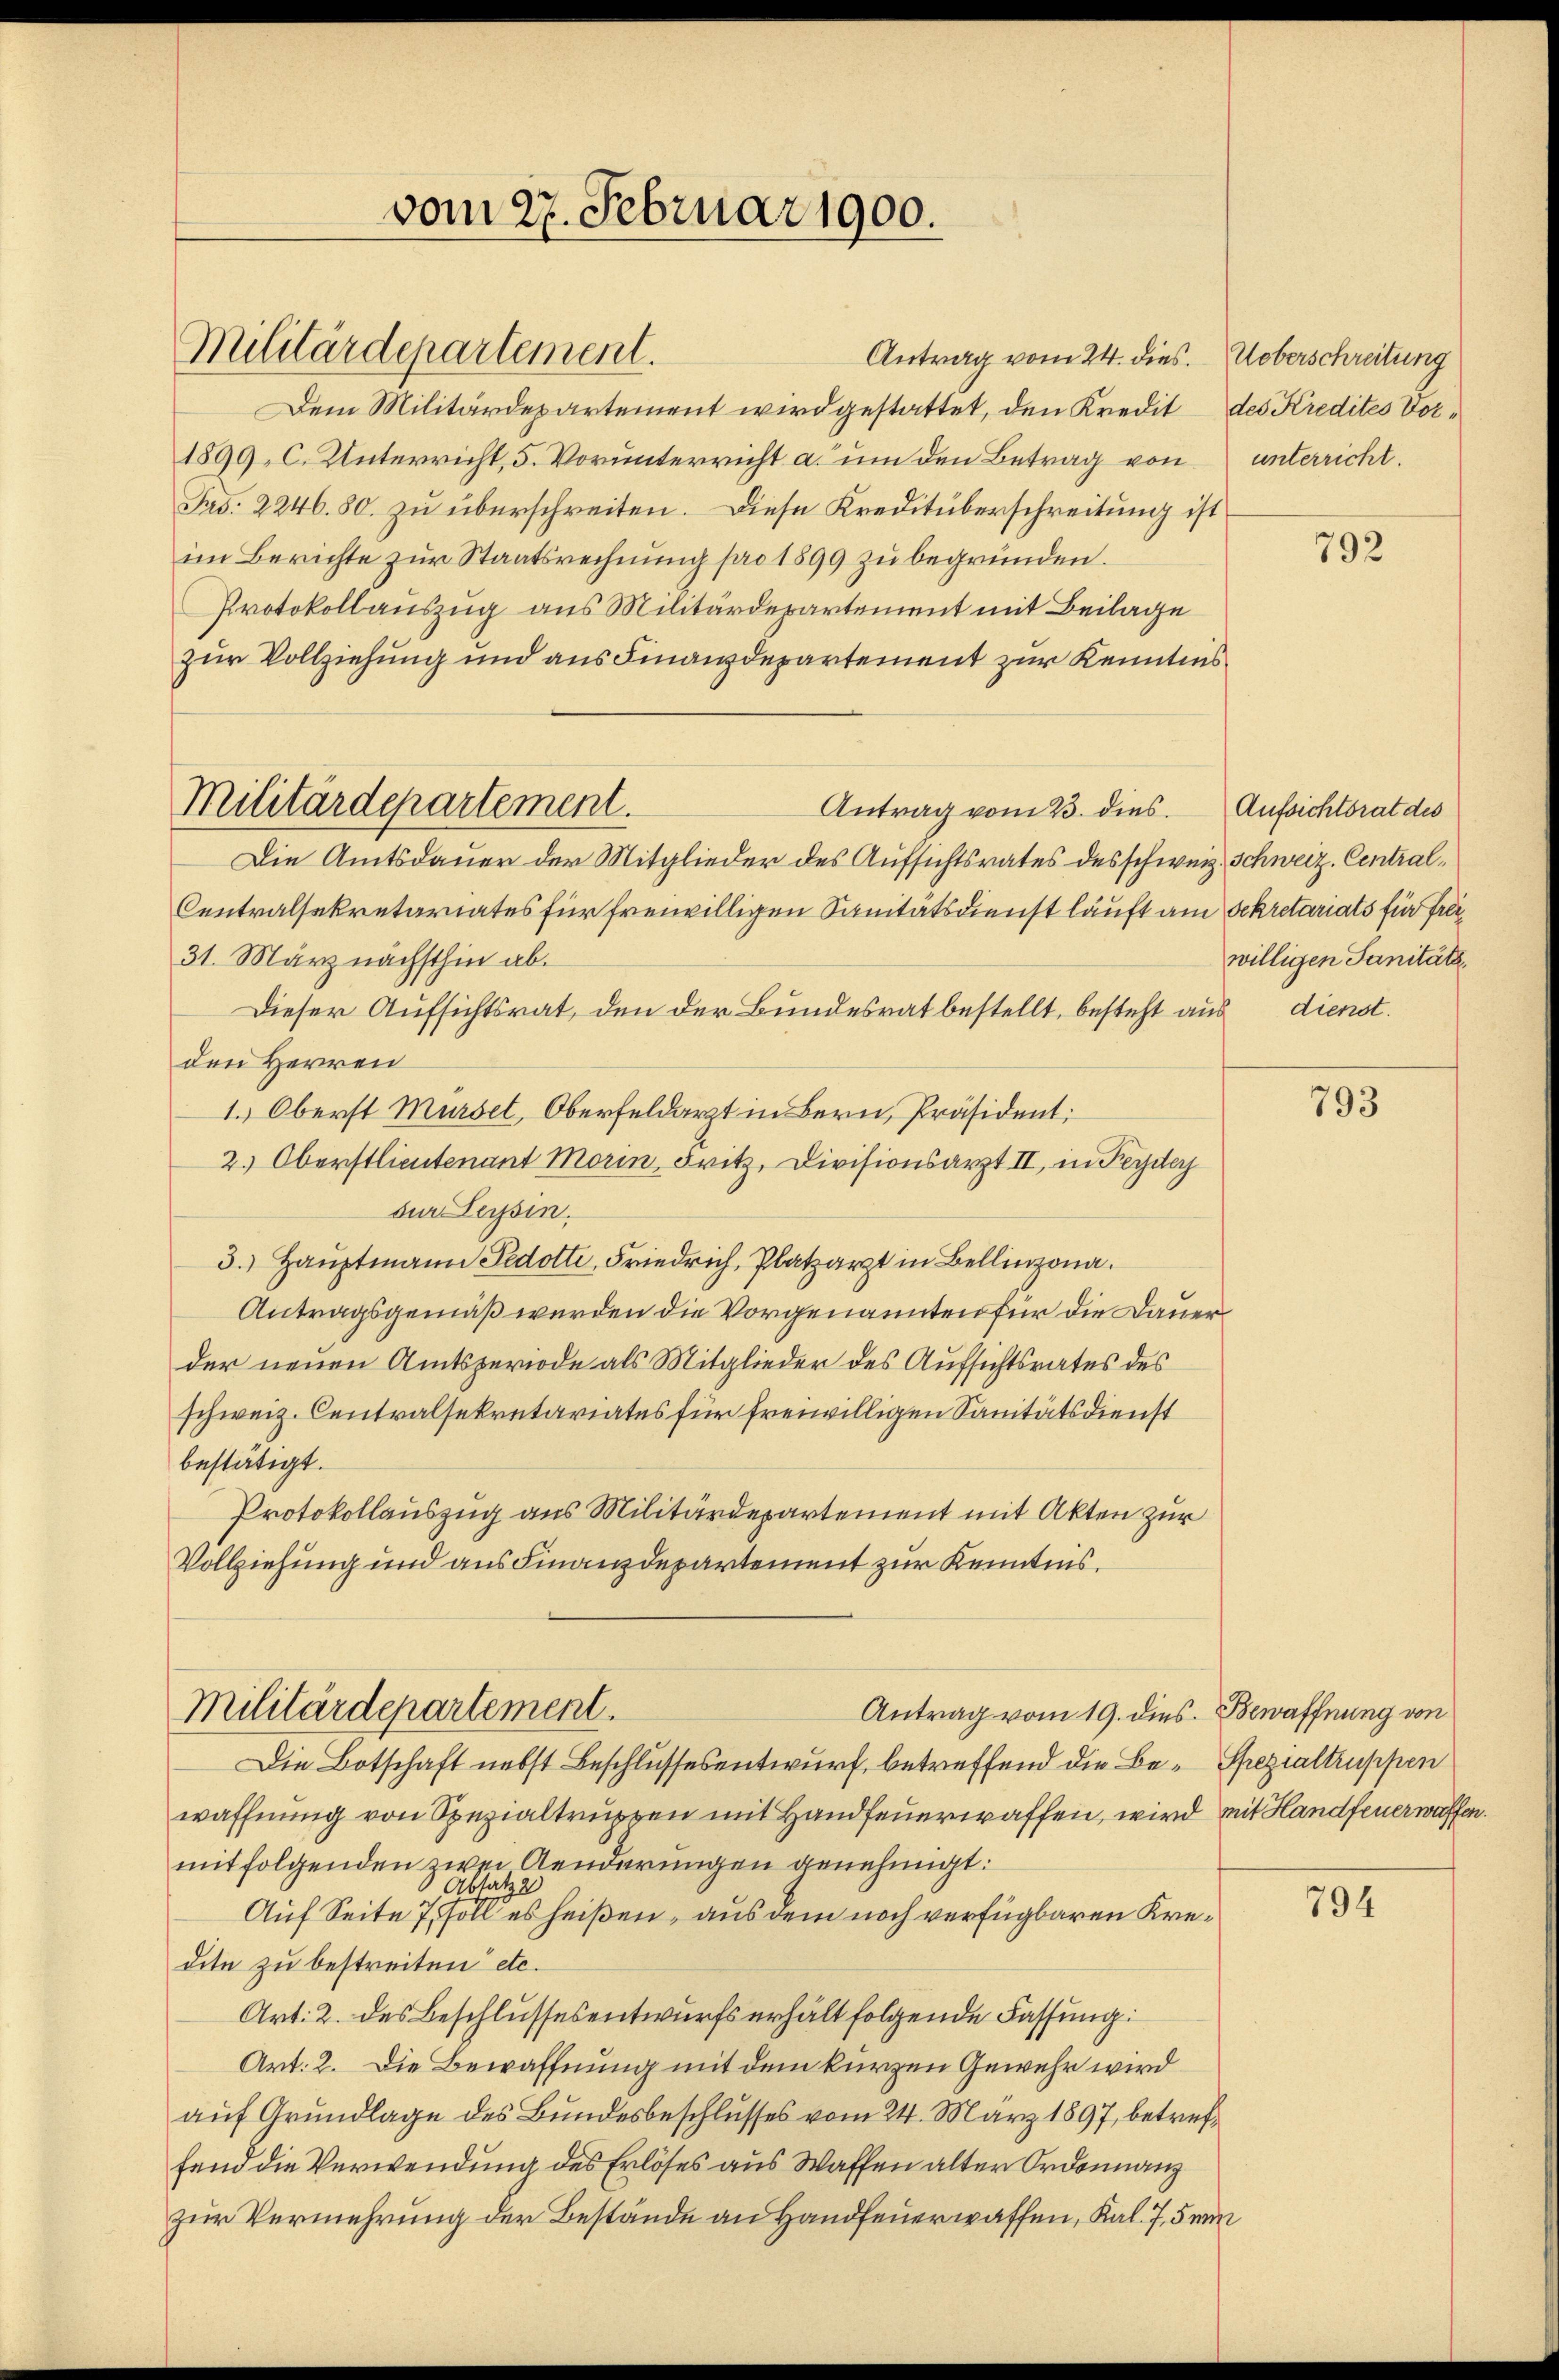
Militärdepartement.

Militärdepartement.

Dem Militärdepartement wird gestattet, den Kredit des Kredites Vor¬
1899, C. Unterricht, 5. Vorunterricht a. um den Betrag von
Jus. 2246. 80. zu überschreiten. Diese Kreditüberschreitung ist
im Berichte zur Staatsrechnung pro 1899 zu begründen.
Protokollauszug aus Militärdepartement mit Beilage
zur Vollziehung und aus Finanzdepartement zur Kenntnis¬
Antrag vom 23. dies
Die Amtsdauer der Mitglieder des Aufsichtsrates des schweiz. Schweiz. Central¬
Centralsekretariates für freiwilligen Sanitätsdienst läuft am Sekretariats für Frei¬
31. März nächsthin ab.
Dieser Aufsichtsrat, den der Bundesrat bestellt, besteht aus
den Herren
1. Oberst Murde, Oberfeldarzt in Bern, Präsident;
2.) Oberstlieutenant Morin, Fritz, Divisionsarzt II, in Feyder
dur Leysin.
3.) Hauptmann Fedotti, Friedrich, Platzarzt in Bellinzona.
Antragsgemäß werden die Vorgenannten für die Dauer
der neuen Amtsperiode als Mitglieder des Aufsichtsrates des
schweiz. Centralsekretariates für freiwilligen Sanitätsdienst
bestätigt.
Protokollauszug aus Militärdepartement mit Akten zur
Vollziehung und aus Finanzdepartement zur Kenntnis.

vom 27. Februar 1900.

Antrag vom 24. dies. Ueberschreitung

Die Botschaft nebst Beschlussesentwurf, betreffend die Be- Spezialtruppen
waffnung von Spezialtruppen mit Handfeuerwaffen, wird mit Handfeuerwüffen.
mitfolgenden zwei Aenderungen genehmigt:
Absatz 2
Auf Seite 7 soll es heißen, aus dem noch verfügbaren Kredite zu bestreiten etc.
Art: 2. des Beschlussesentwurfs erhält folgende Fassung:
Art. 2. Die Bewaffnung mit dem kurzen Gewehr wird
auf Grundlage des Bundesbeschlusses vom 24. März 1897, betreffend die Verwendung des Erlöses aus Waffen alter Ordonnanz
zur Vermehrung der Bestände an Handfeuerwaffen, Kal. 7,5 mi

Militärdepartement.
Antrag vom 19. dies. Bewaffnung von

unterricht.

Aufsichtsrat des
willigen Sanitäte.
dienst.

792

793

794